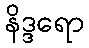
နိဒ္ဒရော